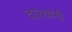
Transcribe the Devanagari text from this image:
दात्यानी